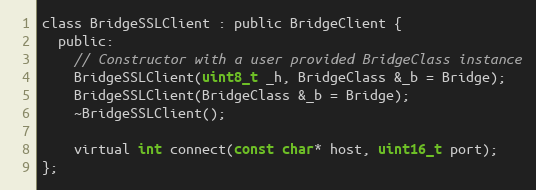
Language: C
class BridgeSSLClient : public BridgeClient {
  public:
    // Constructor with a user provided BridgeClass instance
    BridgeSSLClient(uint8_t _h, BridgeClass &_b = Bridge);
    BridgeSSLClient(BridgeClass &_b = Bridge);
    ~BridgeSSLClient();

    virtual int connect(const char* host, uint16_t port);
};